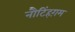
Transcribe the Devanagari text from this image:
नौटिंहग़म